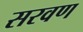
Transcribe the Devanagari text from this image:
सरवण